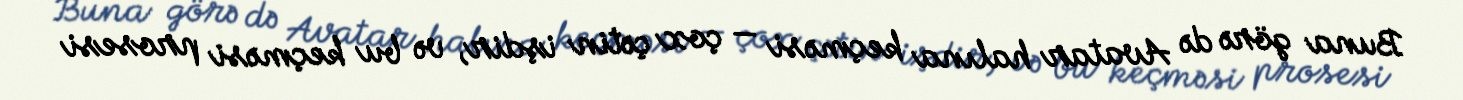
Buna görə də Avatar halına keçməsi — çox çətin işdir, və bu keçməsi prosesi